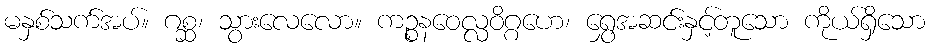
မနှစ်သက်အပ်။ ဂစ္ဆ၊ သွားလေလော။ ကဉ္စနဝေလ္လဝိဂ္ဂဟေ၊ ရွှေအဆင်းနှင့်တူသော ကိုယ်ရှိသော